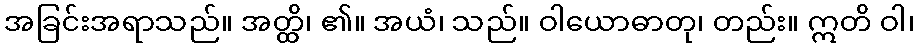
အခြင်းအရာသည်။ အတ္ထိ၊ ၏။ အယံ၊ သည်။ ဝါယောဓာတု၊ တည်း။ ဣတိ ဝါ၊